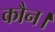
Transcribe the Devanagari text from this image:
कौन।